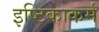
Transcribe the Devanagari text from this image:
इष्टिकाकर्म